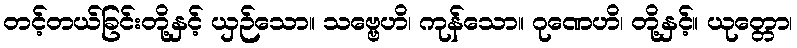
တင့်တယ်ခြင်းတို့နှင့် ယှဉ်သော။ သဗ္ဗေဟိ၊ ကုန်သော။ ဂုဏေဟိ၊ တို့နှင့်။ ယုတ္တော၊